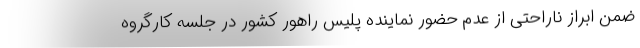
ضمن ابراز ناراحتی از عدم حضور نماینده پلیس راهور کشور در جلسه کارگروه